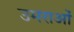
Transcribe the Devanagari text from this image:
उमराओं